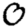
Digit: 0